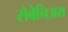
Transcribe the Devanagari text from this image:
सेबेनिअस